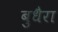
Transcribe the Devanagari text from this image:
बुधैरा